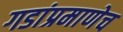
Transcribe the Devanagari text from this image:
गडांप्रमाणेच